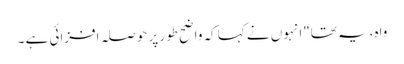
واہ، یہ تھا"انہوں نے کہا کہ واضح طور پر حوصلہ افزائی ہے ۔